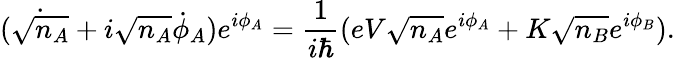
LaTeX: ({\dot{\sqrt{n_{A}}}}+i{\sqrt{n_{A}}}{\dot{\phi}}_{A})e^{i\phi_{A}}={\frac{1}{i\hbar}}(eV{\sqrt{n_{A}}}e^{i\phi_{A}}+K{\sqrt{n_{B}}}e^{i\phi_{B}}).